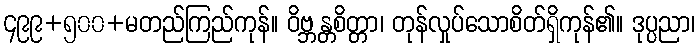
၄၉၉+၅၀၀+မတည်ကြည်ကုန်။ ဝိဗ္ဘန္တစိတ္တာ၊ တုန်လှုပ်သောစိတ်ရှိကုန်၏။ ဒုပ္ပညာ၊